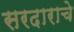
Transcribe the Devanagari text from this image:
सरदाराचे